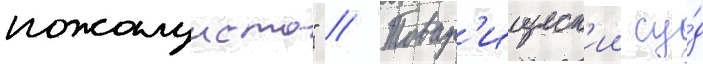
пожалуиста" // Товар'ищеск'ии су́д